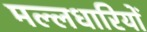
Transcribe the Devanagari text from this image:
मल्लधारियों